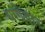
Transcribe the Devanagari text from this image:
धागेदार